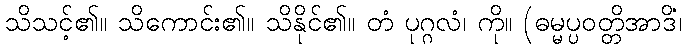
သိသင့်၏။ သိကောင်း၏။ သိနိုင်၏။ တံ ပုဂ္ဂလံ၊ ကို။ (ဓမ္မပ္ပဝတ္တိအာဒိံ၊